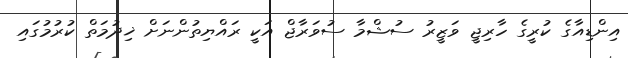
އިންޑިއާގެ ކުރީގެ ހާރިޖީ ވަޒީރު ސުޝްމާ ސުވަރާޖް އަކީ ރައްޔިތުންނަށް ޚިދުމަތް ކުރުމުގައި